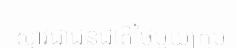
ស្ទាវជាជនជាតិថៃមួយក្រុម